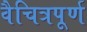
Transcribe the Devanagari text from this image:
वैचित्रपूर्ण